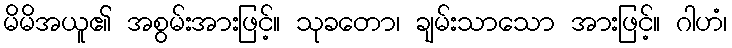
မိမိအယူ၏ အစွမ်းအားဖြင့်။ သုခတော၊ ချမ်းသာသော အားဖြင့်။ ဂါဟံ၊